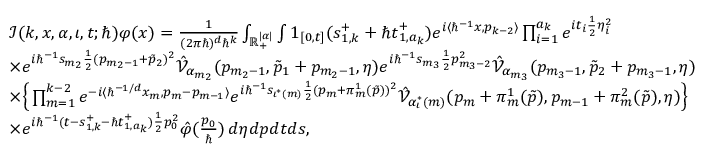
\begin{array} { r l } & { \mathcal { I } ( k , \boldsymbol { x } , \alpha , \iota , t ; \hbar ) \varphi ( x ) = \frac { 1 } { ( 2 \pi \hbar ) ^ { d } \hbar ^ { k } } \int _ { \mathbb { R } _ { + } ^ { | \alpha | } } \int \boldsymbol { 1 } _ { [ 0 , t ] } ( \boldsymbol { s } _ { 1 , k } ^ { + } + \hbar \boldsymbol { t } _ { 1 , a _ { k } } ^ { + } ) e ^ { i \langle \hbar ^ { - 1 } x , p _ { k - 2 } \rangle } \prod _ { i = 1 } ^ { a _ { k } } e ^ { i t _ { i } \frac { 1 } { 2 } \eta _ { i } ^ { 2 } } } \\ & { \times e ^ { i \hbar ^ { - 1 } s _ { m _ { 2 } } \frac { 1 } { 2 } ( p _ { m _ { 2 } - 1 } + \tilde { p } _ { 2 } ) ^ { 2 } } \hat { \mathcal { V } } _ { \alpha _ { m _ { 2 } } } ( p _ { m _ { 2 } - 1 } , \tilde { p } _ { 1 } + p _ { m _ { 2 } - 1 } , \boldsymbol { \eta } ) e ^ { i \hbar ^ { - 1 } s _ { m _ { 3 } } \frac { 1 } { 2 } p _ { m _ { 3 } - 2 } ^ { 2 } } \hat { \mathcal { V } } _ { \alpha _ { m _ { 3 } } } ( p _ { m _ { 3 } - 1 } , \tilde { p } _ { 2 } + p _ { m _ { 3 } - 1 } , \boldsymbol { \eta } ) } \\ & { \times \Big \{ \prod _ { m = 1 } ^ { k - 2 } e ^ { - i \langle \hbar ^ { - 1 / d } x _ { m } , p _ { m } - p _ { m - 1 } \rangle } e ^ { i \hbar ^ { - 1 } s _ { \iota ^ { * } ( m ) } \frac { 1 } { 2 } ( p _ { m } + \pi _ { m } ^ { 1 } ( \boldsymbol { \tilde { p } } ) ) ^ { 2 } } \hat { \mathcal { V } } _ { \alpha _ { \iota } ^ { * } ( m ) } ( p _ { m } + \pi _ { m } ^ { 1 } ( \boldsymbol { \tilde { p } } ) , p _ { m - 1 } + \pi _ { m } ^ { 2 } ( \boldsymbol { \tilde { p } } ) , \boldsymbol { \eta } ) \Big \} } \\ & { \times e ^ { i \hbar ^ { - 1 } ( t - \boldsymbol { s } _ { 1 , k } ^ { + } - \hbar \boldsymbol { t } _ { 1 , a _ { k } } ^ { + } ) \frac { 1 } { 2 } p _ { 0 } ^ { 2 } } \hat { \varphi } ( \frac { p _ { 0 } } { \hbar } ) \, d \boldsymbol { \eta } d \boldsymbol { p } d \boldsymbol { t } d \boldsymbol { s } , } \end{array}